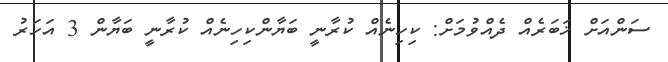
ސަންއަށް ޚަބަރެއް ދެއްވުމަށް: ކިހިނެއް ކުރާނީ ބަޔާންކިހިނެއް ކުރާނީ ބަޔާން 3 އަހަރު